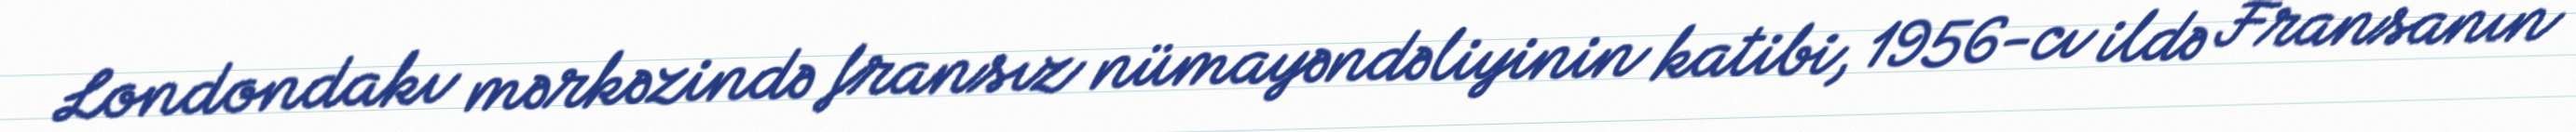
Londondakı mərkəzində fransız nümayəndəliyinin katibi, 1956-cı ildə Fransanın